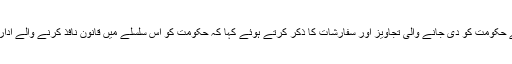
پروفیسر مہدی حسن نے صورتِ حال کو بہتر بنانے اور حالات پر قابو پانے کے لیے حکومت کو دی جانے والی تجاویز اور سفارشات کا ذکر کرتے ہوئے کہا کہ حکومت کو اِس سلسلے میں قانون نافذ کرنے والے اداروں کی وساطت سے مجرموں کے خلاف قانونی چارہ جوئی کرنے کی ضرورت ہے۔